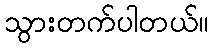
သွားတက်ပါတယ်။